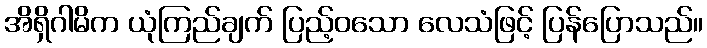
အိရှိဂါမိက ယုံကြည်ချက် ပြည့်ဝသော လေသံဖြင့် ပြန်ပြောသည်။